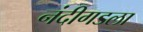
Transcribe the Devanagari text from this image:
नंदीगडला